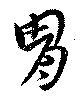
冑